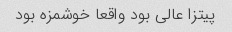
پیتزا عالی بود واقعا خوشمزه بود